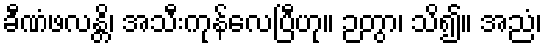
ခီဏံဖလန္တိ၊ အသီးကုန်လေပြီဟု။ ဉတွာ၊ သိ၍။ အညံ၊